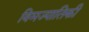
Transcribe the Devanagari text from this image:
विमज्यातिकी